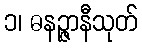
၁၊ ဓနဉ္ဇာနီသုတ်